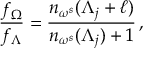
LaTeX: \frac { f _ { \Omega } } { f _ { \Lambda } } = \frac { n _ { \omega ^ { s } } ( \Lambda _ { j } + \ell ) } { n _ { \omega ^ { s } } ( \Lambda _ { j } ) + 1 } \, ,